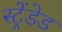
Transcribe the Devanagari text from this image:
स्ट्रेंडेड